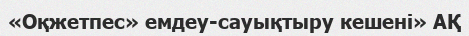
«Оқжетпес» емдеу-сауықтыру кешені» АҚ